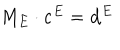
LaTeX: M _ { E } \cdot \mathbf { c } ^ { E } = \mathbf { d } ^ { E }